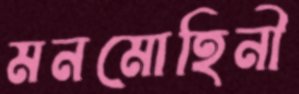
মনমোহিনী